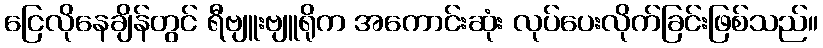
ငြေလိုနေချိန်တွင် ရီဗျူးဗျူရိုက အကောင်းဆုံး လုပ်ပေးလိုက်ခြင်းဖြစ်သည်။